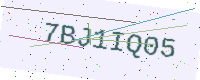
Text: 7BJ1IQ05